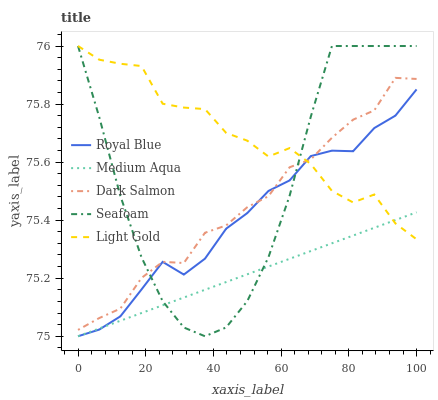
| xaxis_label | Royal Blue | Medium Aqua | Dark Salmon | Seafoam | Light Gold |
 | --- | --- | --- | --- | --- | --- |
 | 0 | 75 | 75 | 75 | 76 | 76 |
 | 6.25 | 75 | 75 | 75.1 | 75.8 | 76 |
 | 12.5 | 75.1 | 75.1 | 75.1 | 75.5 | 75.9 |
 | 18.8 | 75.2 | 75.1 | 75.2 | 75.3 | 75.9 |
 | 25 | 75.3 | 75.1 | 75.3 | 75.1 | 75.8 |
 | 31.2 | 75.2 | 75.1 | 75.3 | 75 | 75.8 |
 | 37.5 | 75.3 | 75.2 | 75.4 | 75 | 75.8 |
 | 43.8 | 75.4 | 75.2 | 75.4 | 75 | 75.7 |
 | 50 | 75.4 | 75.2 | 75.4 | 75.1 | 75.7 |
 | 56.2 | 75.5 | 75.2 | 75.5 | 75.3 | 75.6 |
 | 62.5 | 75.5 | 75.3 | 75.6 | 75.5 | 75.6 |
 | 68.8 | 75.6 | 75.3 | 75.6 | 75.8 | 75.6 |
 | 75 | 75.6 | 75.3 | 75.7 | 76 | 75.5 |
 | 81.2 | 75.6 | 75.3 | 75.7 | 76 | 75.5 |
 | 87.5 | 75.7 | 75.4 | 75.8 | 76 | 75.5 |
 | 93.8 | 75.8 | 75.4 | 75.9 | 76 | 75.4 |
 | 100 | 75.9 | 75.4 | 75.9 | 76 | 75.3 |